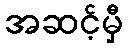
အဆင့်မှီ